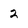
Character: 2